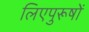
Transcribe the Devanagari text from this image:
लिएपुरूषों